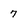
Character: 7